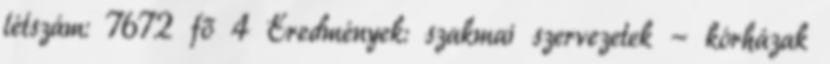
létszám: 7672 fő 4 Eredmények: szakmai szervezetek - kórházak